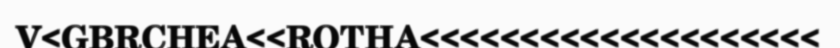
V<GBRCHEA<<ROTHA<<<<<<<<<<<<<<<<<<<<